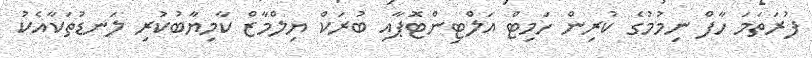
ފުރަތަމަ ހާފް ނިމުމުގެ ކުރިން ހަމިޓް އަލްޓިންޓޮޕާއި ބުރަކް ޔިލްމާޒް ކާމިޔާބުކުރި ލަނޑުތަކާއެކު